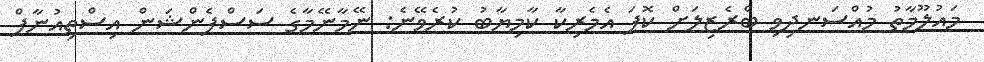
މައުލޫމާތު މުއްސަނދިވި ބްރެޒިލަށް ކޮޕަ އެމެރިކާ ކާމިޔާބު ކުރެވޭނެ: ނޭމާނޭމާގެ ސަސްޕެންޝަން އިސްތިއުނާފް